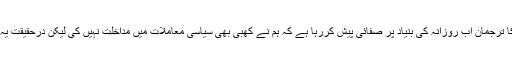
یہی وجہ ہے کہ طاقتور ادارے کا ترجمان اب روزانہ کی بنیاد پر صفائی پیش کررہا ہے کہ ہم نے کھبی بھی سیاسی معاملات میں مداخلت نہیں کی لیکن درحقیقت یہ بیان سراسر جھوٹ پر مبنی ہے۔